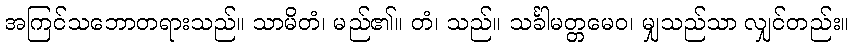
အကြင်သဘောတရားသည်။ သာမိတံ၊ မည်၏။ တံ၊ သည်။ သင်္ခါမတ္တမေဝ၊ မျှသည်သာ လျှင်တည်း။